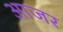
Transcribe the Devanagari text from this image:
आजर